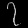
Digit: ၇